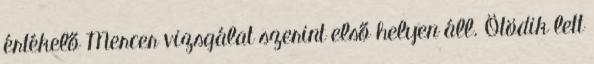
értékelő Mercer vizsgálat szerint első helyen áll. Ötödik lett